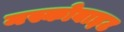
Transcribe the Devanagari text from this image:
मस्कोबाइट